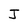
Character: J